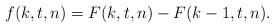
LaTeX: \begin{align*}f(k,t,n) = F(k,t,n) - F(k-1,t,n).\end{align*}